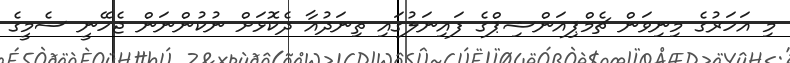
މި އަހަރުގެ މިނިވަން ޗެމްޕިއަންޝިޕްގެ ފައިނަލުގައި ތިނަދުއާ ދެކޮޅަށް ނުކުންނަން ޖެހޭނީ ސެމީގެ